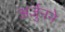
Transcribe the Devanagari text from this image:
अर्जुनने